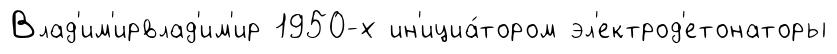
Влад'им'ирвлад'им'ир 1950-х ин'ициа́тором эл'ектрод'етонаторы